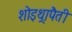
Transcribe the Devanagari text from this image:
शोइथ़्रापैती